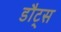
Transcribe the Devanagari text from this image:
डौट्स